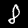
Digit: 8